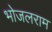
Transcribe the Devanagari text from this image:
भोजलराम